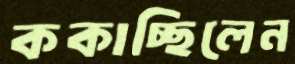
ককাচ্ছিলেন